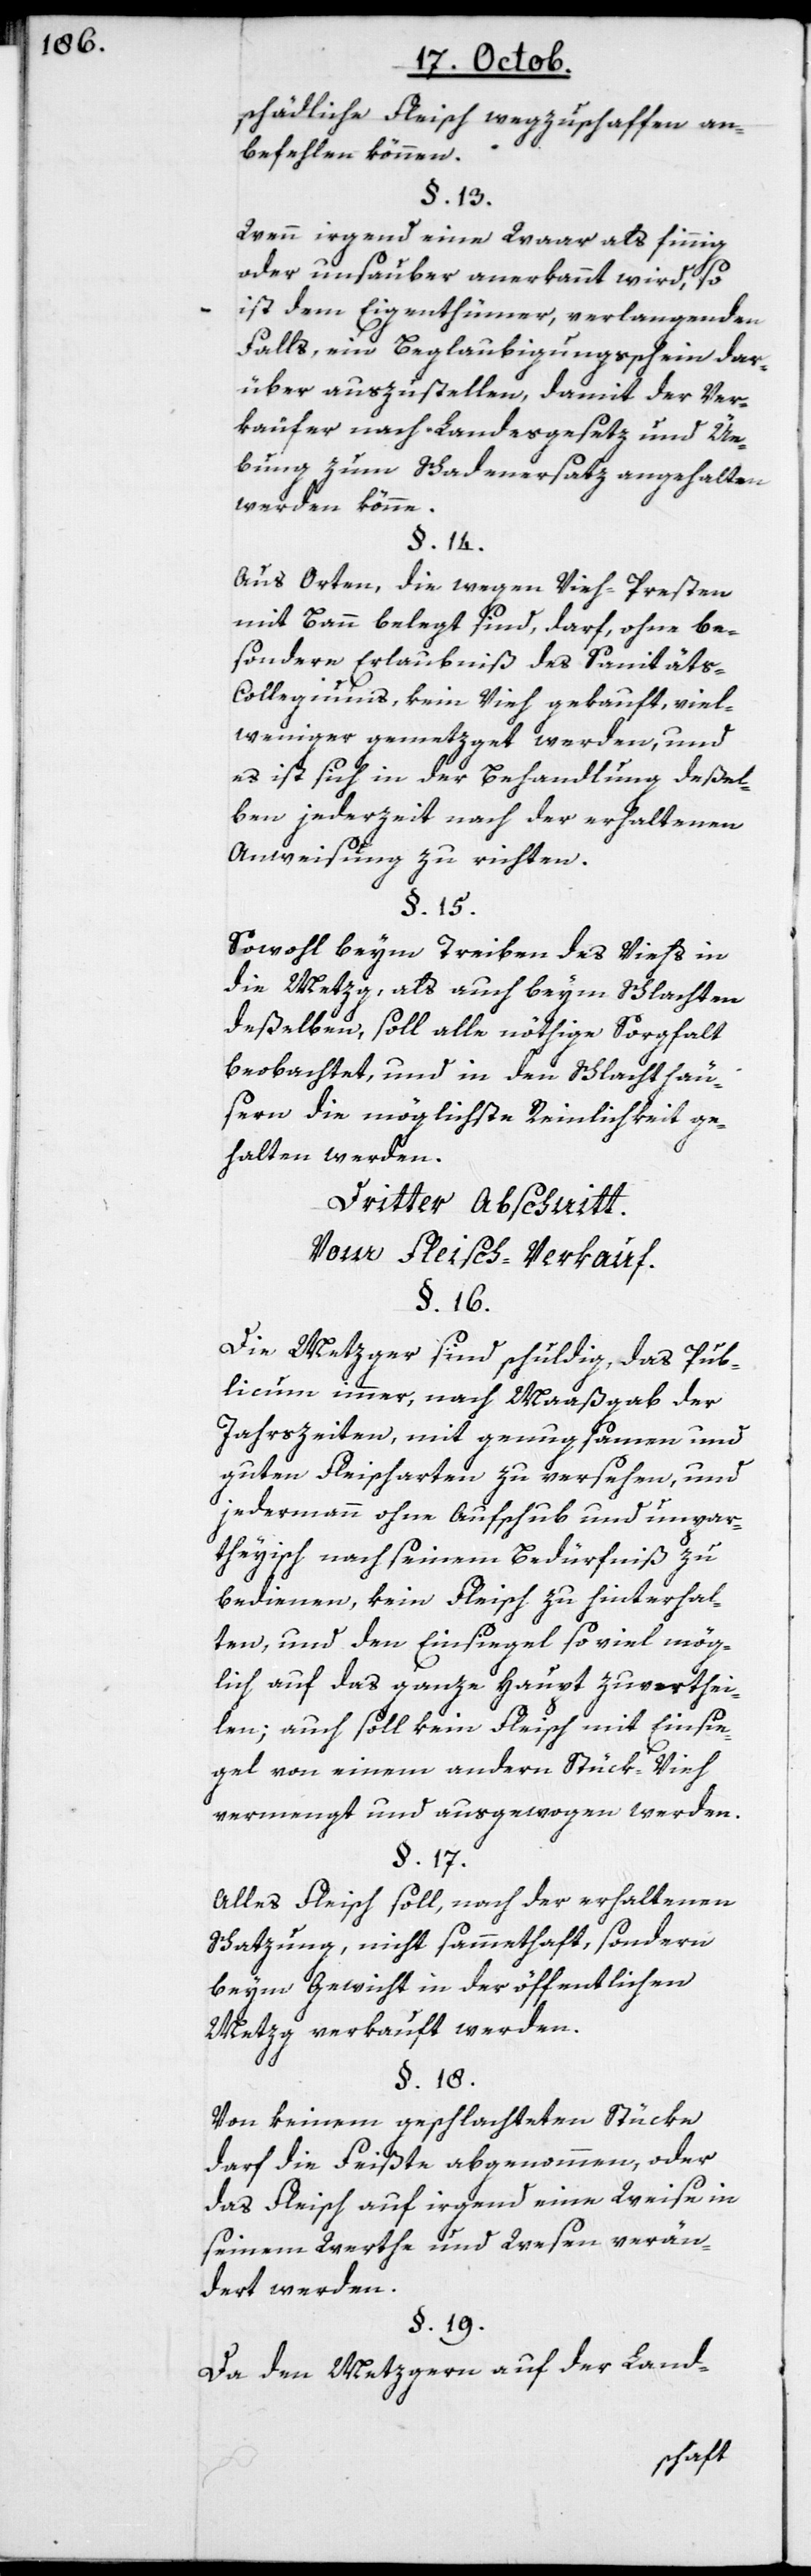
schädliche Fleisch wegzuschaffen an¬
befehlen können.
§. 13.
Wenn irgend eine Waar als finnig
oder unsauber anerkannt wird, so
ist dem Eigenthümer, verlangenden
Falls, ein Beglaubigungsschein dar¬
über auszustellen, damit der Ver¬
käufer nach Landesgesetz und Ü¬
bung zum Schadenersatz angehalten
werden könne.
§. 14.
Aus Orten, die wegen Vieh-Presten
mit Bann belegt sind, darf, ohne be¬
sondere Erlaubniß des Sanitäts-C¬
ollegiums, kein Vieh gekauft, viel¬
weniger gemetzget werden, und
es ist sich in der Behandlung deßel¬
ben jederzeit nach der erhaltenen
Anweisung zu richten.
§. 15.
Sowohl beym Treiben des Viehs in
die Metzg, als auch beym Schlachten
deßelben, soll alle nöthige Sorgfalt
beobachtet, und in den Schlachthäu¬
sern die möglichste Reinlichkeit ge¬
halten werden.
Dritter Abschnitt.
Vom Fleisch-Verkauf.
§. 16.
Die Metzger sind schuldig, das Pub¬
licum immer, nach Maaßgab der
Jahrszeiten, mit genugsamen und
guten Fleischarten zu versehen, und
jedermann ohne Aufschub und unpar¬
teyisch nach seinem Bedürfniß zu
bedienen, kein Fleisch zu hinterhal¬
ten, und den Einsiegel so viel mög¬
lich auf das ganze Haupt zu verthei¬
len; auch soll kein Fleisch mit Einsie¬
gel von einem andern Stück-Vieh
vermengt und ausgewogen werden.
§. 17
Alles Fleisch soll, nach der erhaltenen
Schatzung, nicht sammethaft, sondern
beym Gewicht in der öffentlichen
Metzg verkauft werden.
§. 18.
Von keinem geschlachteten Stücke
darf die Feißte abgenommen, oder
das Fleisch auf irgend eine Weise in
seinem Werthe und Wesen verän¬
dert werden.
§. 19.
Da den Metzgern auf der Land-